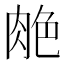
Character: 𰮣